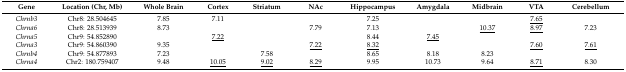
| Gene | Location (Chr, Mb) | Whole Brain | Cortex | Striatum | NAc | Hippocampus | Amygdala | Midbrain | VTA | Cerebellum |
 | --- | --- | --- | --- | --- | --- | --- | --- | --- | --- | --- |
 | Chrnb3 | Chr8: 28.504645 | 7.85 | 7.11 |  |  | 7.25 |  |  | <underline>7.65</underline> |  |
 | Chrna6 | Chr8: 28.513939 | 8.73 |  |  | 7.79 | 7.13 |  | <underline>10.37</underline> | <underline>8.97</underline> | 7.23 |
 | Chrna5 | Chr9: 54.852890 |  | <underline>7.22</underline> |  |  | 8.44 | <underline>7.45</underline> |  |  |  |
 | Chrna3 | Chr9: 54.860390 | 9.35 |  |  | <underline>7.22</underline> | <underline>8.32</underline> |  |  | <underline>7.60</underline> | <underline>7.61</underline> |
 | Chrnb4 | Chr9: 54.877893 | 7.23 |  | 7.58 |  | 8.65 | 8.18 | 8.23 |  |  |
 | Chrna4 | Chr2: 180.759407 | 9.48 | <underline>10.05</underline> | <underline>9.02</underline> | <underline>8.29</underline> | 9.95 | 10.73 | 9.64 | <underline>8.71</underline> | 8.30 |